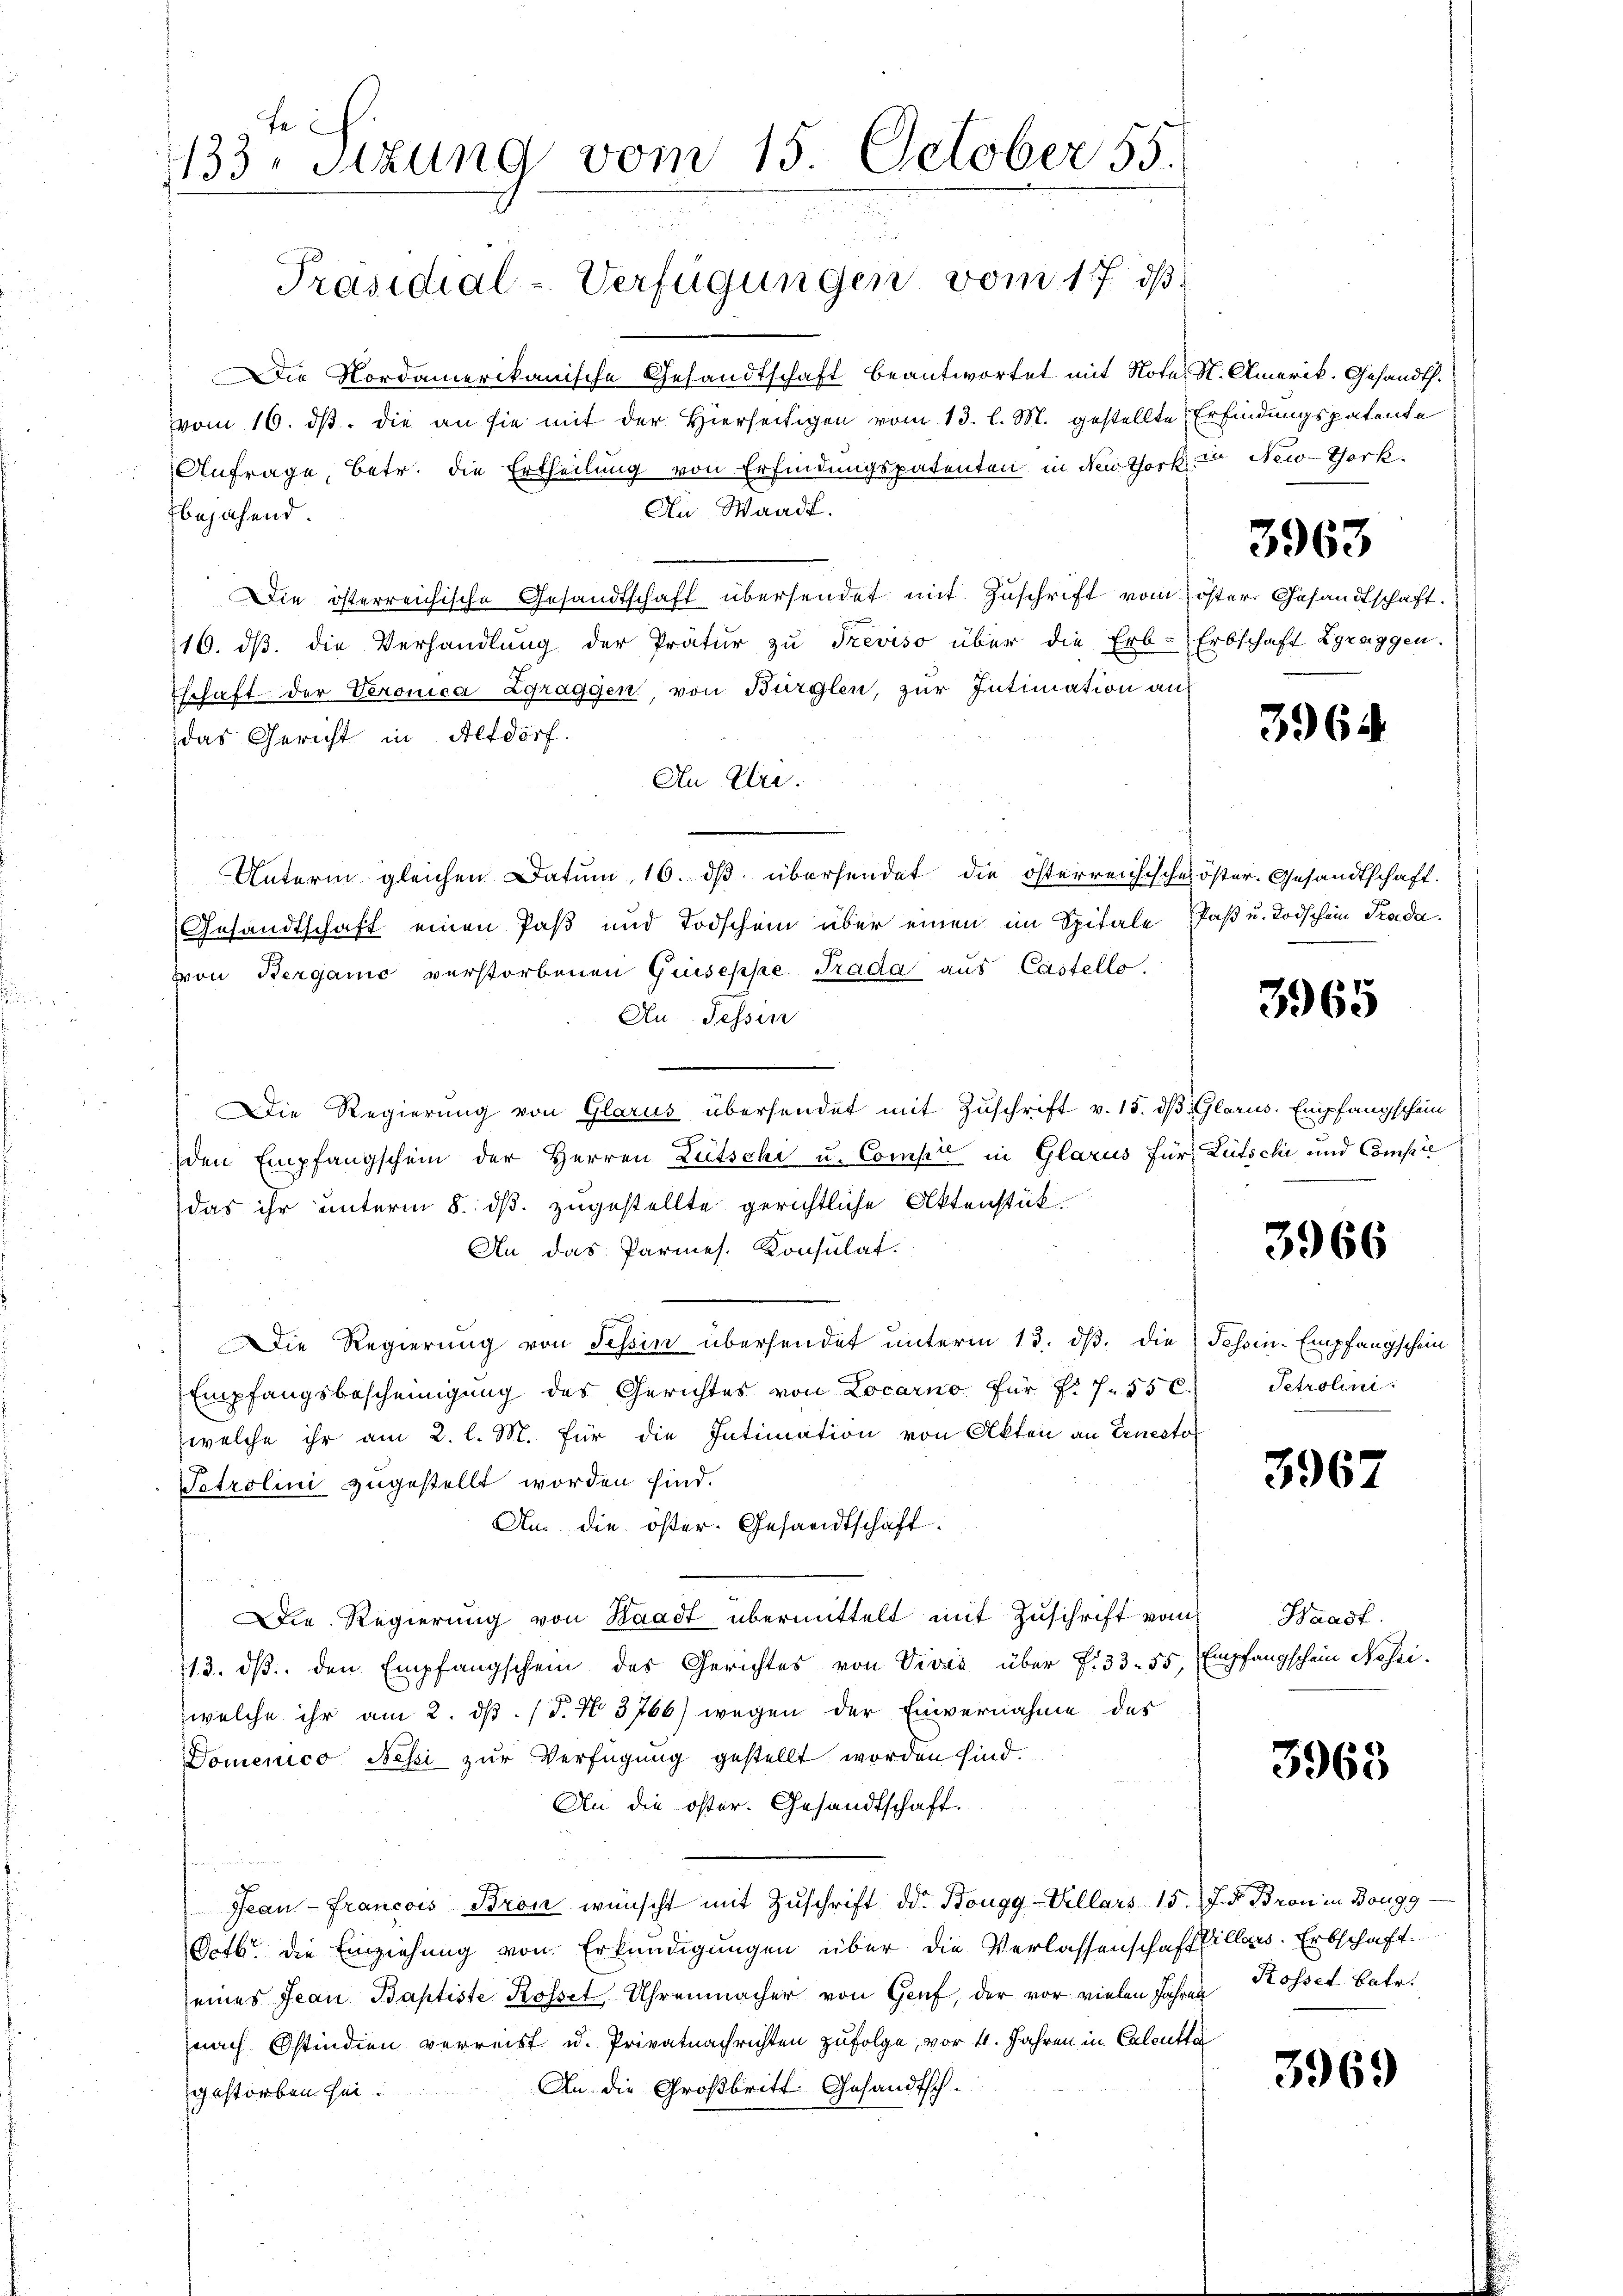
Die Nordamerikanische Gesandtschaft beantwortet mit Note St. Amerik. Gesandt.
vom 16. ds. die an sie mit der Hierseitigen vom 13. l. M. gestellte Erfindungspatente
Anfrage, betr. die Ertheilung von Erfindungspatenten in den thork in New-York
An Waadt.
bejahend
Die österreichische Gesandtschaft übersendet mit Zuschrift vom öster Gesandtschaft.
116. dβ die Verhandlung der Prätur zu Treviso über die Erb-Erbschaft Zgraggen.
schaft der Veronica Zgraggen, von Bürglen, zur Intimation auf
das Gericht in Altdorf.
An Uri.
Unterm gleichen Datum, 16. dβ übersendet die österreichische öster. Gesandtschaft.
Gesandtschaft einen Paß und Todschein über einen im Spitale Paß u. Todschein Prada.
von Bergamo verstorbenen Giuseppe. Trada aus Castello.
Au Tessin
e
Die Regierung von Glarus übersendet mit Zuschrift v. 15. dβ Glarus. Empfangschein
den Empfangschein der Herren Litschi u. Compt in Glarus für Lütschi und Compie
das ihr unterm 8. ds. zugestellte gerichtliche Aktenstük-
An das Parmes. Konsulat
Die Regierung von Tessin übersendet unterm 13. dβ. die Tessin-Empfangschein
Empfangsbescheinigung des Gerichtes von Locarno für f. 755 c.
welche ihr am 2. l. M. für die Intimation von Akten an Ernestor
Tetrolini zugestellt worden sind.
An. die öster. Gesandtschaft.
Die Regierŭng von Kaadt übermittelt mit Zŭschrift vom Waadt.
13. dβ. den Empfangschein des Gerichtes von Vivić über P. 33. 55, Empfangschein Neseiwelche ihr am 2. ds. (T. No 3766) wegen der Einvernahme des
Domenico Nessi zur Verfügung gestellt worden sind.
An die öster. Gesandtschaft.
Jean - Francois Bron wünscht mit Zuschrift der Bougg-Vellars 15. J. Bron in Bougg¬
Octbr. die Einziehung von Erkundigungen über die Verlassenschaft fillers. Erbschaft
eines Jean Baptiste Rossel Uhrenmacher von Genf, der vor vielen Jahren Rossel betr.
nach Ostindien verreist u. Privatnachrichten zufolge, vor 4. Jahren in Calcutta
An die Großbritt. Gesandtsch-
gestorben sei

fe
133, Sitzung vom 15. October 55

Präsidial-Verfügungen vom 17. ds.

3963

3964

3965

3966

Tetrolini

3967

3963

3969